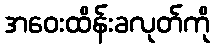
အဝေးထိန်းခလုတ်ကို